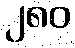
၂၈၀